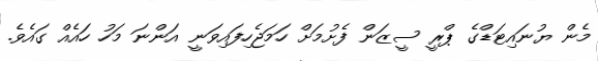
މެން ޔުނައިޓަޑްގެ ޕްރީ ސީޒަން ފެށުމަށް ހަމަޖެހިފައިވަނީ އަންނަ މަހު ހައެއް ގައެވެ.